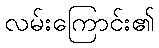
လမ်းကြောင်း၏